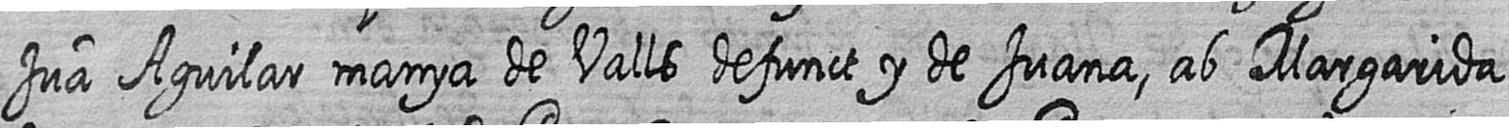
Jua Aguilar manya de Valls defunct y de Juana ab Margarida